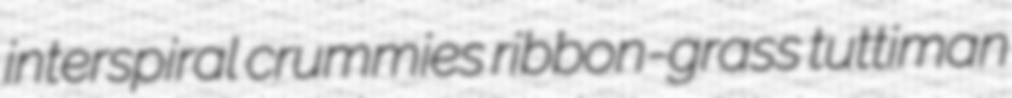
interspiral crummies ribbon-grass tuttiman